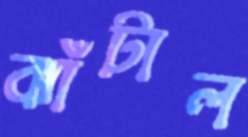
ঝাঁটাল